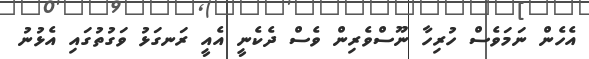
އެހެން ނަމަވެސް ހުރިހާ ނޫސްވެރިން ވެސް ދެކެނީ އެއީ ރަނގަޅު ވަގުތުގައި އެޅުނު